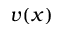
v ( x )